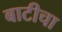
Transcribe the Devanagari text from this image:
बाटीचा